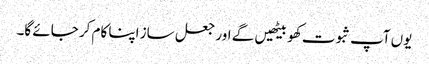
یوں آپ ثبوت کھو بیٹھیں گے اور جعل ساز اپنا کام کر جائے گا۔